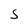
Character: S